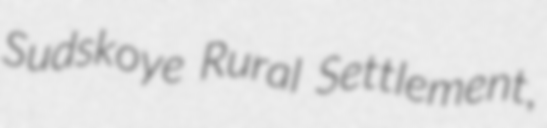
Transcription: Sudskoye Rural Settlement,